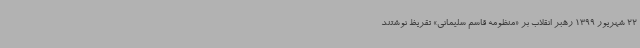
22 شهریور 1399 رهبر انقلاب بر «منظومه قاسم سلیمانی» تقریظ نوشتند